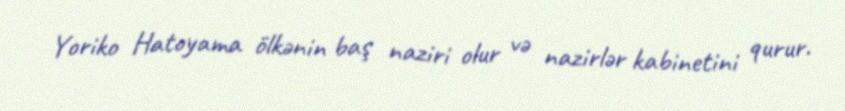
Yoriko Hatoyama ölkənin baş naziri olur və nazirlər kabinetini qurur.